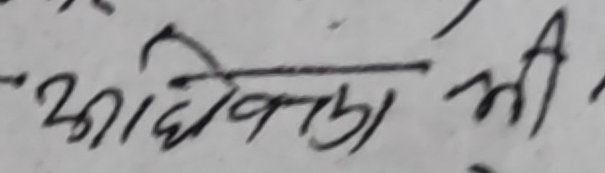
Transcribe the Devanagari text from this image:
आधिकारा भी